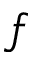
f